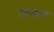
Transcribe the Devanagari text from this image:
खन्डन